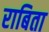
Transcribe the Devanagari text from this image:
राबिता